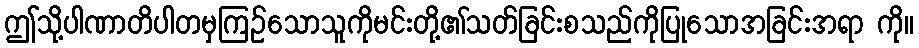
ဤသို့ပါဏာတိပါတမှကြဉ်သောသူကိုမင်းတို့၏သတ်ခြင်းစသည်ကိုပြုသောအခြင်းအရာ ကို။